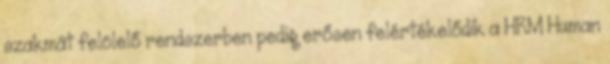
szakmát felölelő rendszerben pedig erősen felértékelődik a HRM Human